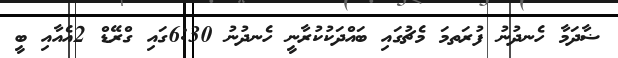
ޟާދަމާ ހެނދުނު ފުރަތމަ މެޗުގައި ބައްދަކުކުރާނީ ހެނދުނު 6:30ގައި ގްރޭޑް 2އެއާއި ބީ